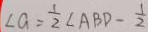
\angle a = \frac { 1 } { 2 } \angle A B D - \frac { 1 } { 2 }